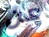
عن